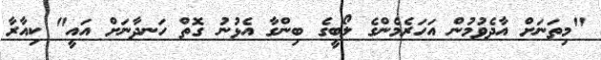
"މިތަނަށް އާދެވުމުން އަހަރެމެންގެ ލޯބީގެ ބިންގާ އެޅުނު ގޮތް ހަނދާނަށް އައީ" ކިއާރާ